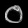
Digit: ၀